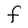
Character: F